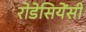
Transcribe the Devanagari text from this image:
रोडेसियेंसी